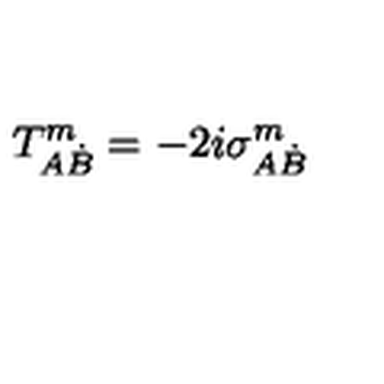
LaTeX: T _ { A \dot { B } } ^ { m } = - 2 i \sigma _ { A \dot { B } } ^ { m }